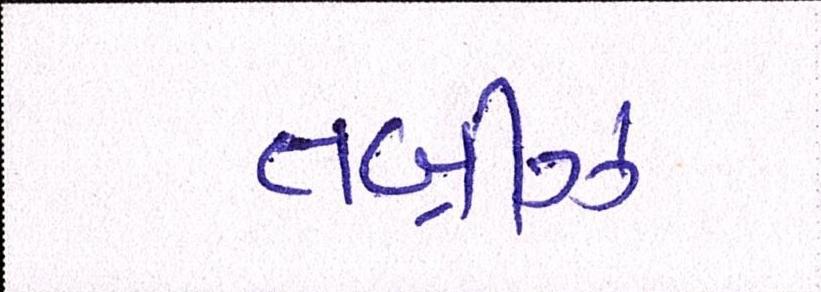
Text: તબ્રીઝ